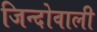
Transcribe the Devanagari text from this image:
जिन्दोवाली